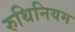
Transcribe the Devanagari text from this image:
रुथिनियम